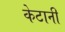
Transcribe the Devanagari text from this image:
केटानी